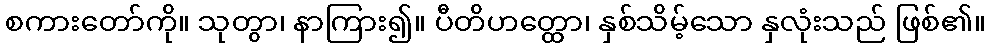
စကားတော်ကို။ သုတွာ၊ နာကြား၍။ ပီတိဟတ္ထော၊ နှစ်သိမ့်သော နှလုံးသည် ဖြစ်၏။